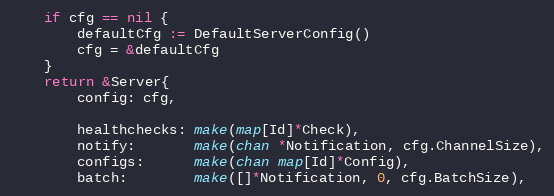
Language: Go
	if cfg == nil {
		defaultCfg := DefaultServerConfig()
		cfg = &defaultCfg
	}
	return &Server{
		config: cfg,

		healthchecks: make(map[Id]*Check),
		notify:       make(chan *Notification, cfg.ChannelSize),
		configs:      make(chan map[Id]*Config),
		batch:        make([]*Notification, 0, cfg.BatchSize),